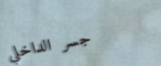
جسر الداخلي